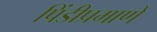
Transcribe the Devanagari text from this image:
पिंडीप्रमाणे